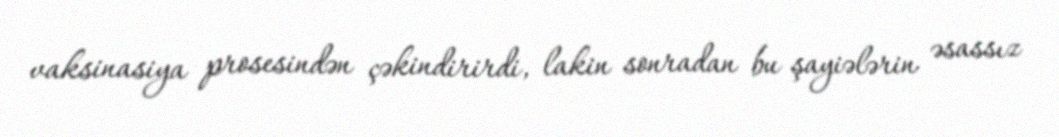
vaksinasiya prosesindən çəkindirirdi, lakin sonradan bu şayiələrin əsassız